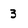
Character: 3